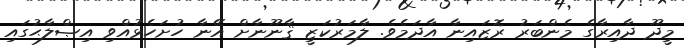
މީދޫ ދާއިރާގެ މެންބަރު ރޮޒައިނާ އާދަމެވެ. ލާމަރުކަޒީ ޤާނޫނާށް އޭނާ ހުށަހެޅުއްވި އިޞްލާޙުގައި